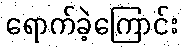
ရောက်ခဲ့ကြောင်း